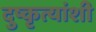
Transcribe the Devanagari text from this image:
दुष्कृत्यांशी